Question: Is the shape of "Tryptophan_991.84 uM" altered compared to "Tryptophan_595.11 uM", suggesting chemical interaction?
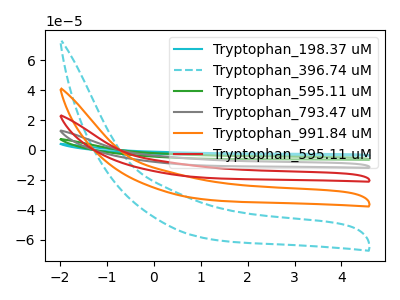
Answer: <think>The cyan curve "Tryptophan_198.37 uM" has no peaks. The cyan dashed curve "Tryptophan_396.74 uM" has no peaks. The green curve "Tryptophan_595.11 uM" has no peaks. The gray curve "Tryptophan_793.47 uM" has no peaks. The orange curve "Tryptophan_991.84 uM" has no peaks. The red curve "Tryptophan_595.11 uM" has no peaks.
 Neither "Tryptophan_991.84 uM" or "Tryptophan_595.11 uM" have any peaks.</think>
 <answer>No, "Tryptophan_991.84 uM" and "Tryptophan_595.11 uM" don't appear to be significantly different in shape</answer>
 <eval>no_change</eval>